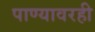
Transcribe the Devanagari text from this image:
पाण्यावरही